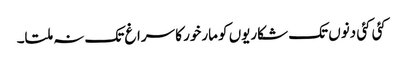
کئی کئی دنوں تک شکاریوں کو مارخور کا سراغ تک نہ ملتا۔